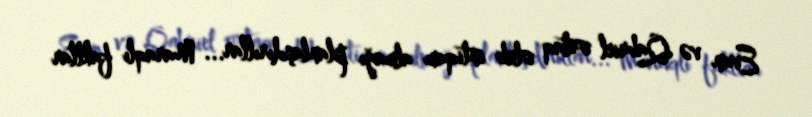
Evan və Qabriel ortaq olub intiqam almağı planlaşdırıllar... Maraqlı faktlar